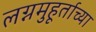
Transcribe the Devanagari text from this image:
लग्नमुहूर्ताच्या